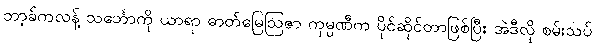
ဘာ့ခ်ကလန့် သင်္ဘောကို ယာရာ ဓာတ်မြေဩဇာ ကုမ္ပဏီက ပိုင်ဆိုင်တာဖြစ်ပြီး အဲဒီလို စမ်းသပ်